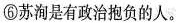
⑥苏洵是有政治抱负的人。